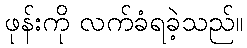
ဖုန်းကို လက်ခံရခဲ့သည်။